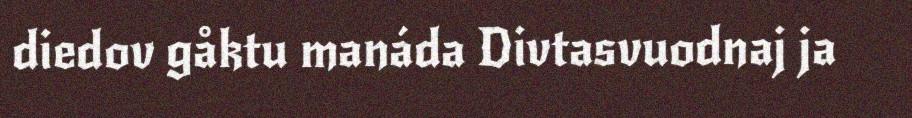
diedov gåktu manáda Divtasvuodnaj ja